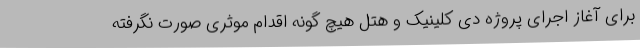
برای آغاز اجرای پروژه دی کلینیک و هتل هیچ گونه اقدام موثری صورت نگرفته